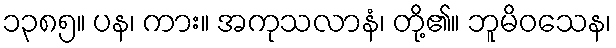
၁၃၈၅။ ပန၊ ကား။ အကုသလာနံ၊ တို့၏။ ဘူမိဝသေန၊